65_HS1-834228961_62-HQ-83894_Section_6
Agency: FBI
Page 27
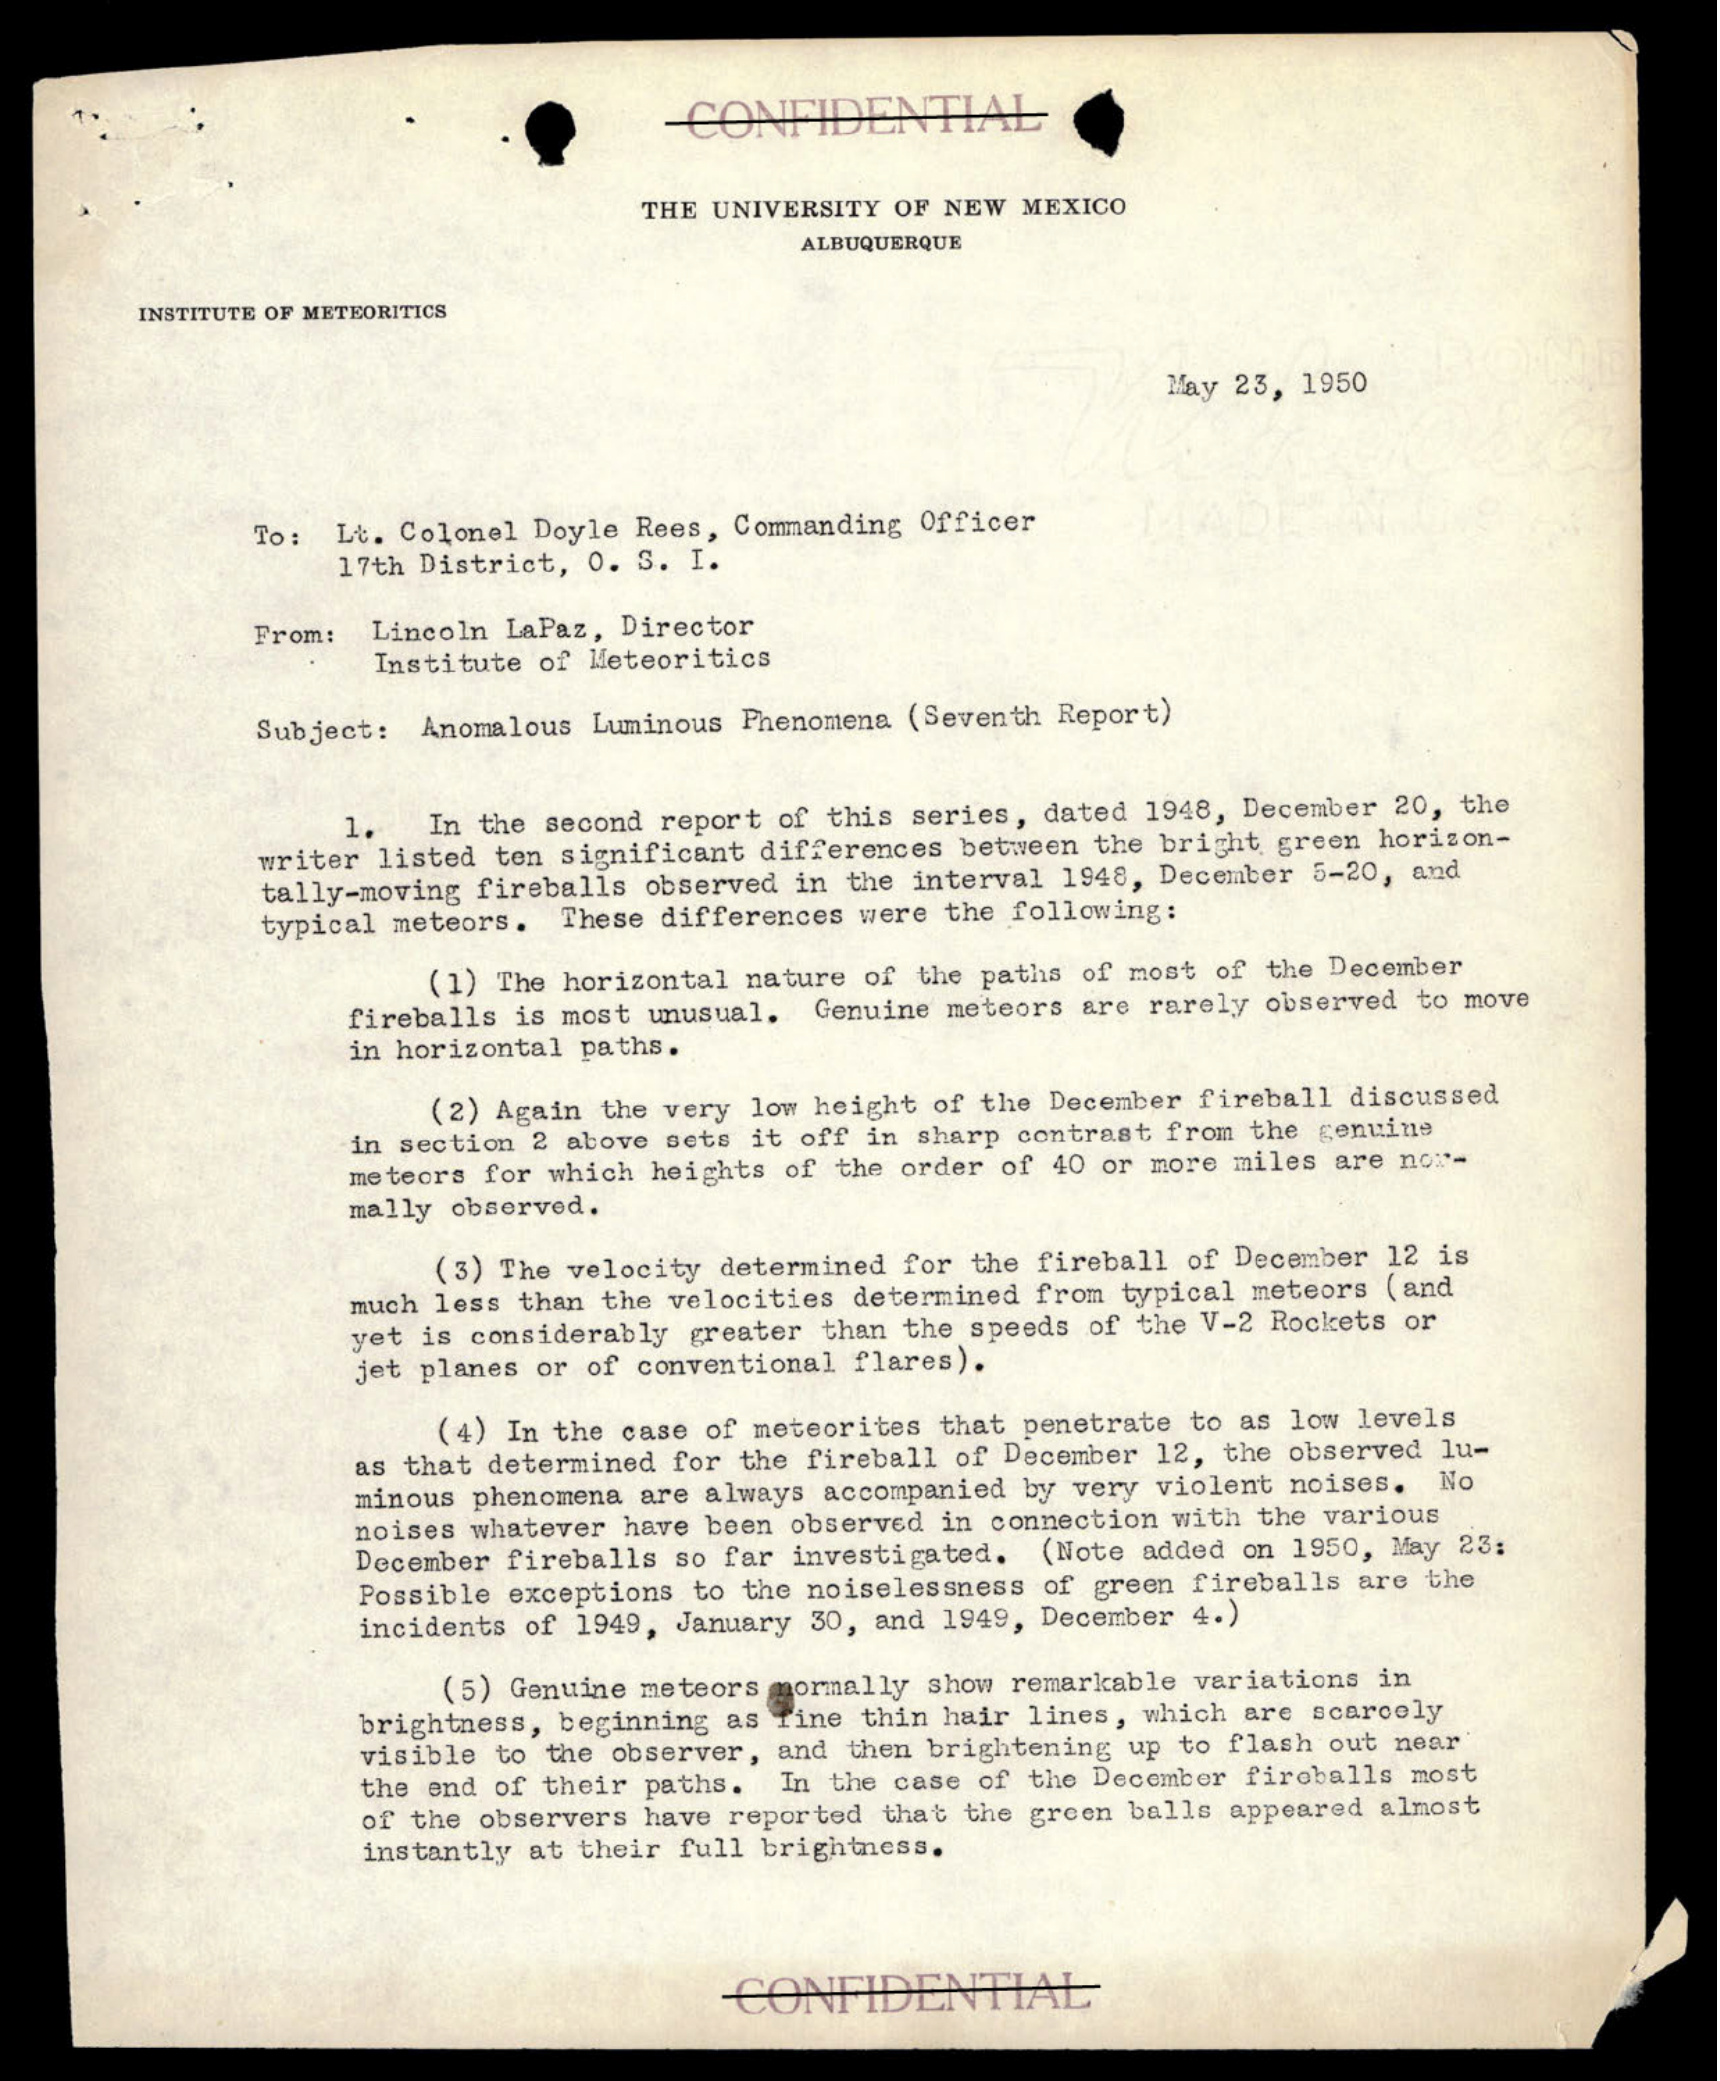